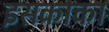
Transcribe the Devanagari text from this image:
इसकाका